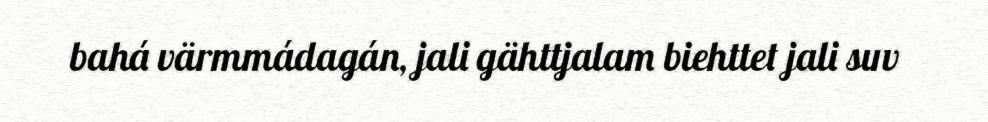
bahá värmmádagán, jali gähttjalam biehttet jali suv